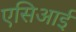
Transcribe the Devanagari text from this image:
एसिआई